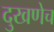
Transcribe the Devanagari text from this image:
दुखणेच